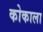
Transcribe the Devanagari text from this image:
कोकाला